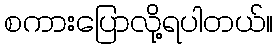
စကားပြောလို့ရပါတယ်။